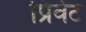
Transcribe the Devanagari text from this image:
प्रिवेट